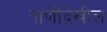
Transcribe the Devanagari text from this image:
पाणीदेखील